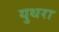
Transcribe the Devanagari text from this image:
युथरा